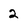
Character: 2